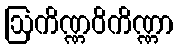
ဩကိဏ္ဏဝိကိဏ္ဏာ